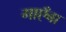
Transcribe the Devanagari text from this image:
गाएँबा